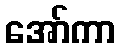
အော်ကာ